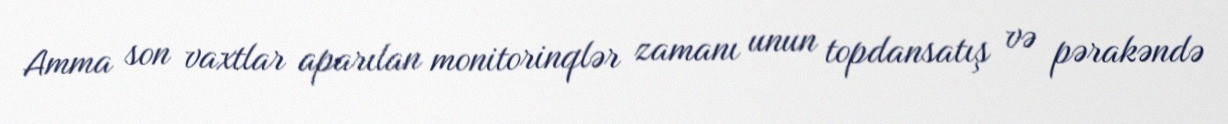
Amma son vaxtlar aparılan monitorinqlər zamanı unun topdansatış və pərakəndə